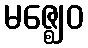
မဇ္ဈေဝ